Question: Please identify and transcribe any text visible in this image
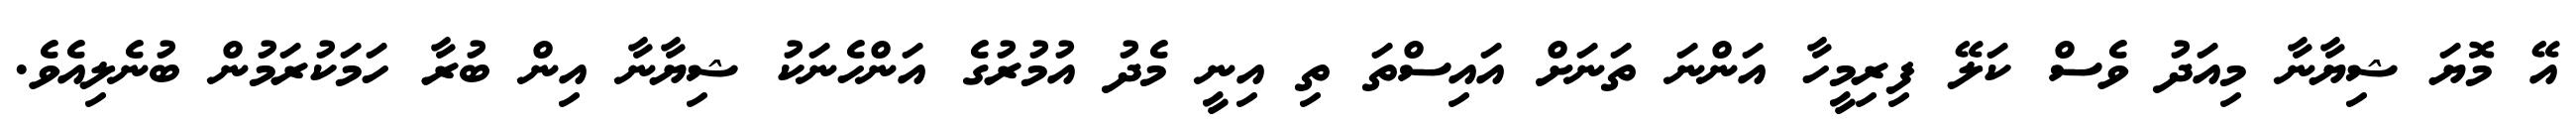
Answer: އޭ މޮޔަ ޝިޔާނާ މިއަދު ވެސް ކަލޭ ފިރިމީހާ އަންނަ ތަނަށް އައިސްތަ ތި އިނީ މެދު އުމުރުގެ އަންހެނަކު ޝިޔާނާ އިން ބުރާ ހަމަކުރަމުން ބުނެލިއެވެ.